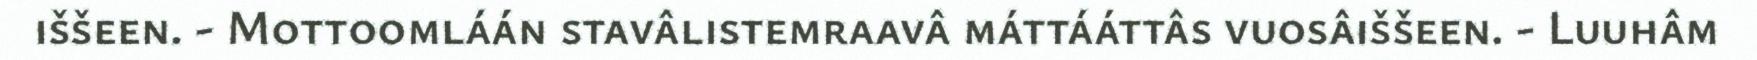
iššeen. - Mottoomláán stavâlistemraavâ máttááttâs vuosâiššeen. - Luuhâm